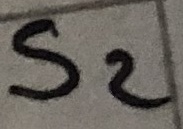
Text: S2